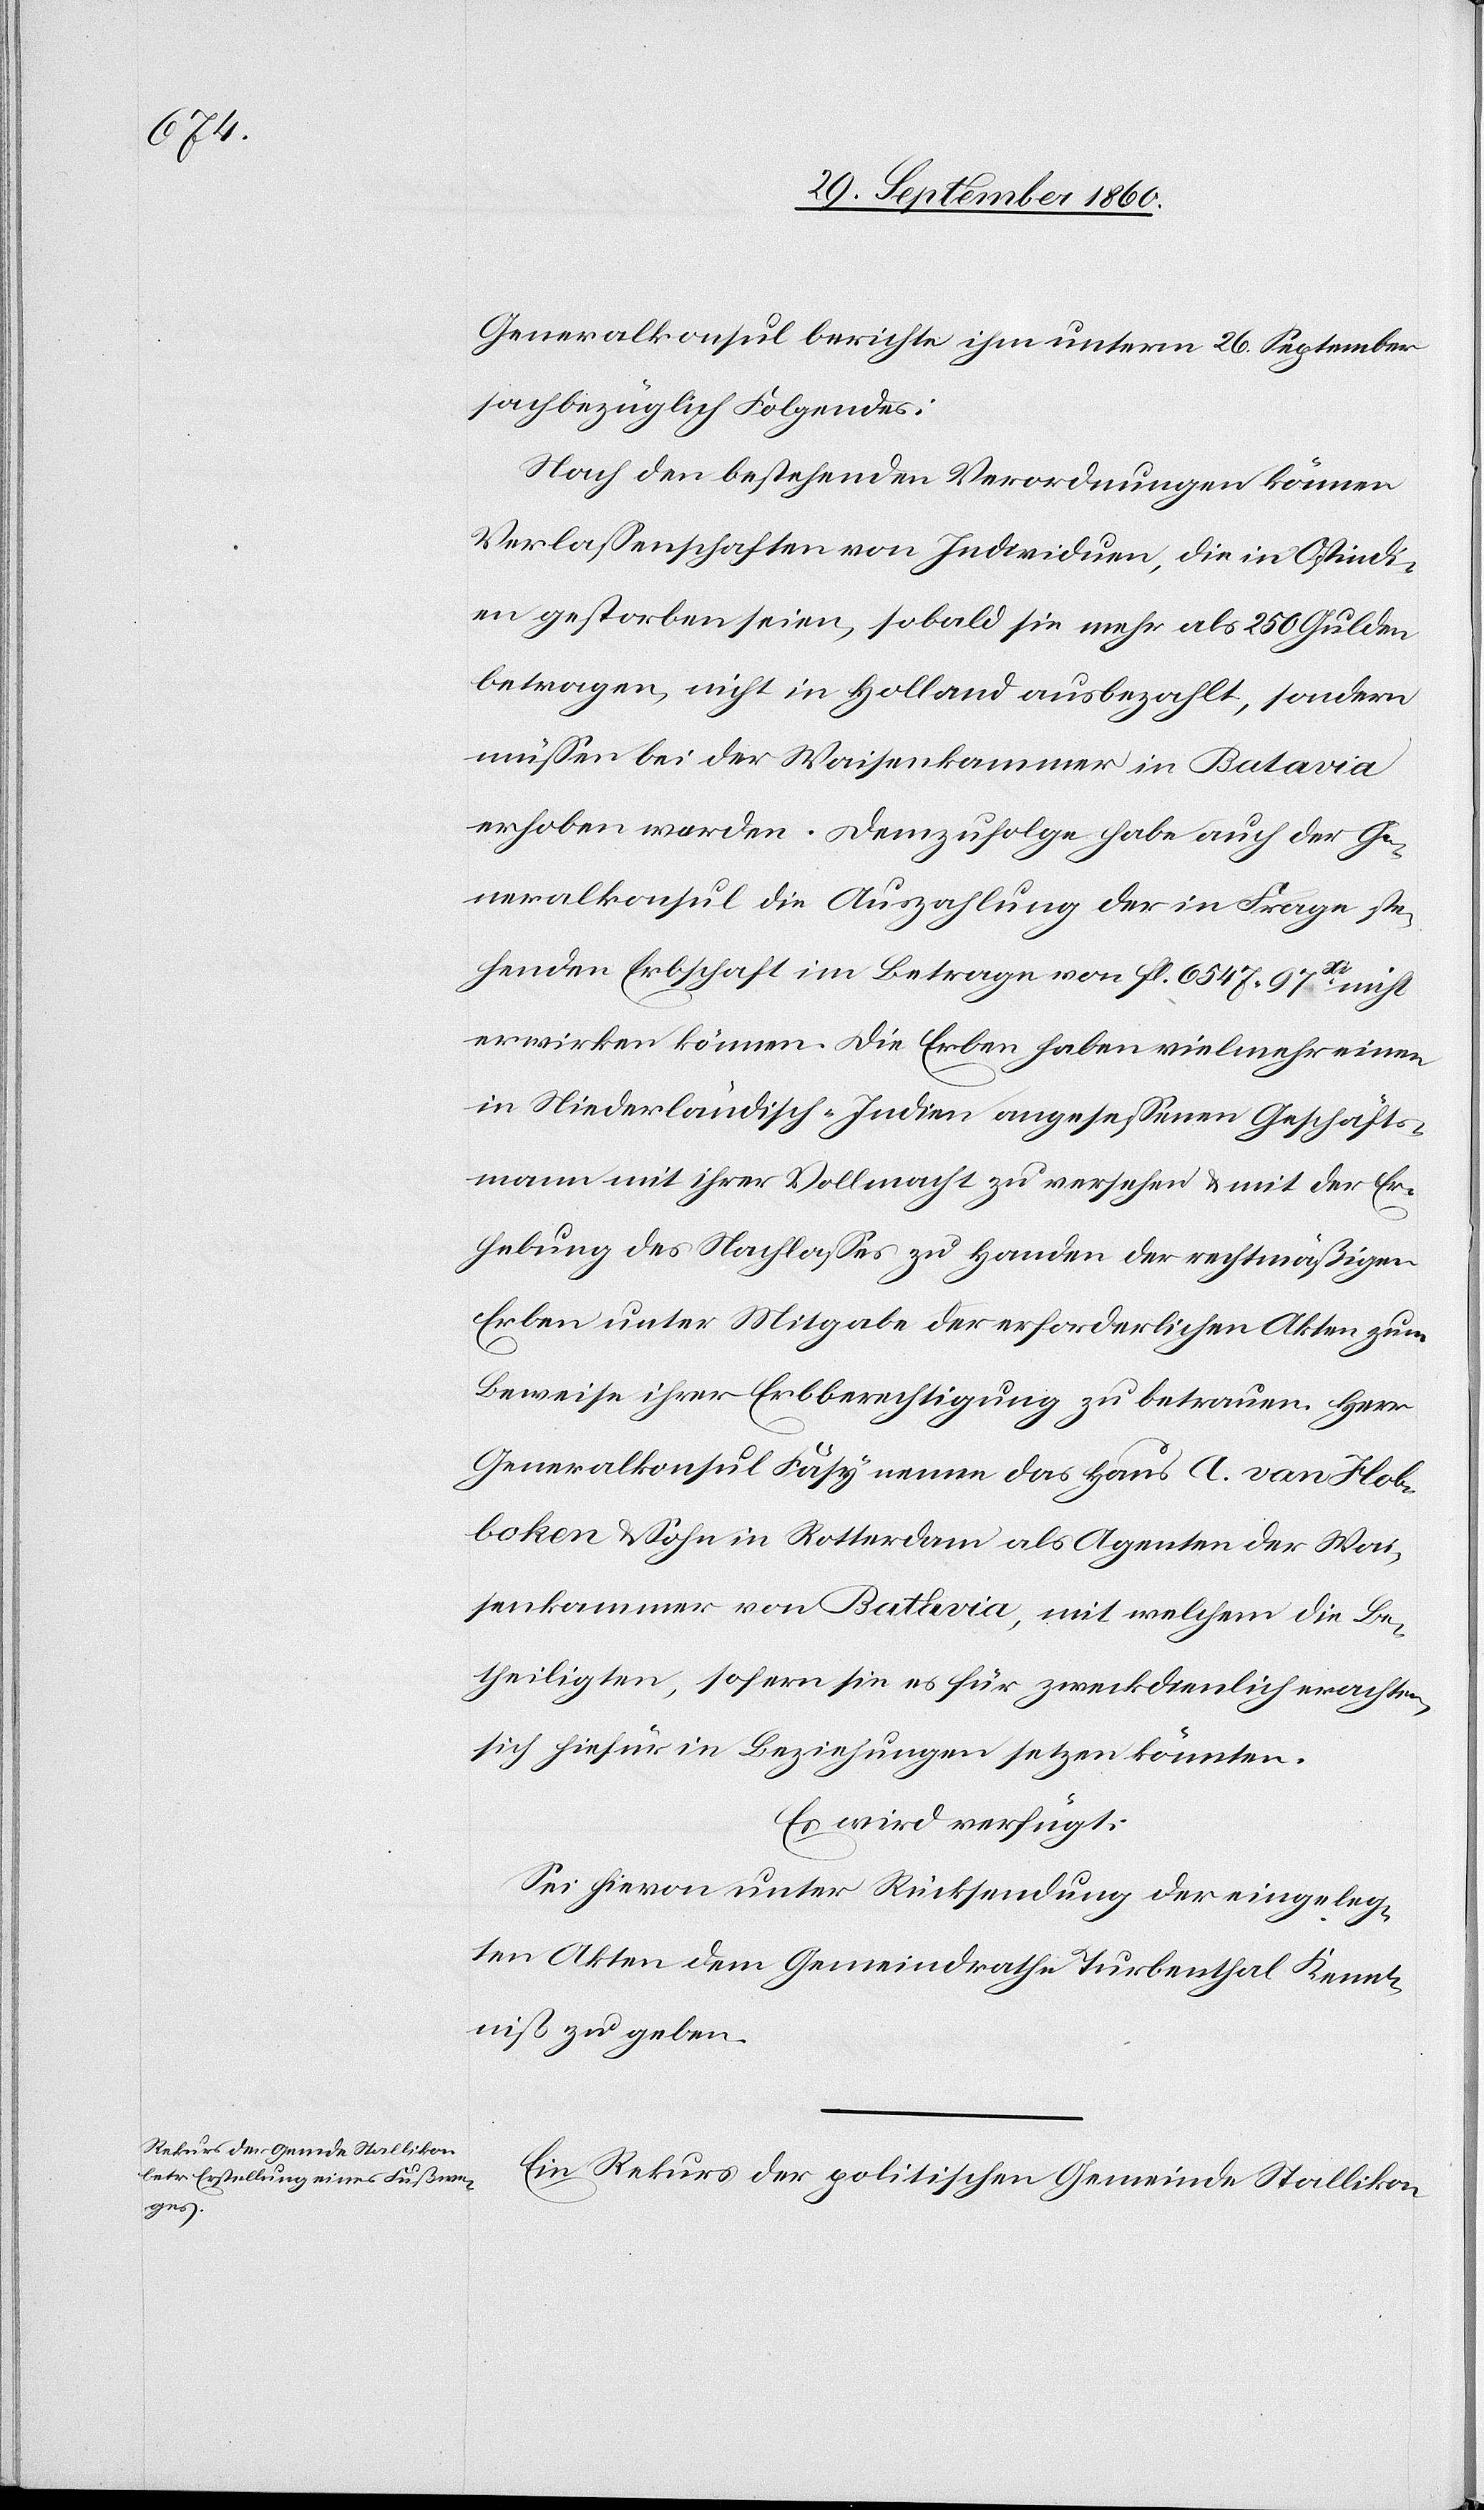
den

2. October 1860.]
Generalkonsul berichte ihm unterm 26. September
sachbezüglich Folgendes:
Nach den bestehenden Verordnungen können
Verlassenschaften von Individuen, die in Ostindi¬
en gestorben seien, sobald sie mehr als 250 Gulden
betragen, nicht in Holland ausbezahlt, sondern
müssen bei der Waisenkammer in Batavia
erhoben werden. Demzufolge habe auch der Ge¬
neralskonsul die Auszahlung der in Frage ste¬
henden Erbschaft im Betrage von Frl. 6547 97Xr nicht
erwirken können. Die Erben haben vielmehr einen
in Niederländisch-Indien angesessenen Geschäfts¬
mann mit ihrer Vollmacht zu versehen u. mit der Er¬
hebung des Nachlasses zu Handen der rechtmäßigen
Erben unter Mitgabe der erforderlichen Akten zum
Beweise ihrer Erbberechtigung zu betrauen. Herr
Generalkonsul Fäsy nenne das Haus A. van Hob¬
boken & Sohn in Rotterdam als Agenten der Wai¬
senkammer von Batavia, mit welchem die Be¬
theiligten, sofern sie es für zweckdienlich erachten,
sich hiefür in Beziehungen setzen könnten.
Es wird verfügt:
Sei hievon unter Rücksendung der eingeleg¬
ten Akten dem Gemeindrathe Turbenthal Kennt¬
niß zu geben.
Ein Rekurs der politischen Gemeinde Stallikon